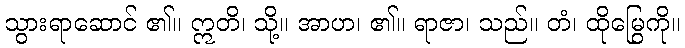
သွားရာဆောင် ၏။ ဣတိ၊ သို့။ အာဟ၊ ၏။ ရာဇာ၊ သည်။ တံ၊ ထိုမြွေကို။